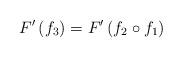
LaTeX: \begin{align*}F^{\prime}\left(f_{3}\right)=F^{\prime}\left(f_{2}\circ f_{1}\right)\end{align*}